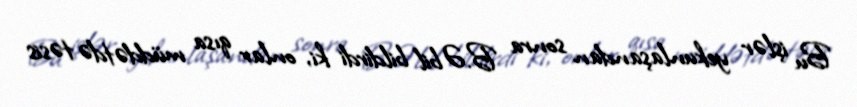
Bu işlər yekunlaşandan sonra B.Əbil bildirdi ki, onlar qısa müddətdə təsis